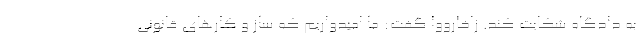
به دادگاه شکایت کند. زاخارووا گفت: ما امیدواریم که ساز و کارهای قانونی